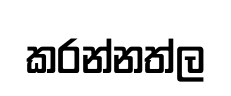
කරන්නත්ල